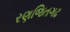
રણજિતગઢ